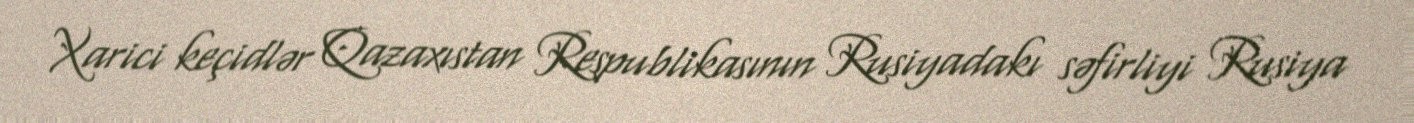
Xarici keçidlər Qazaxıstan Respublikasının Rusiyadakı səfirliyi Rusiya